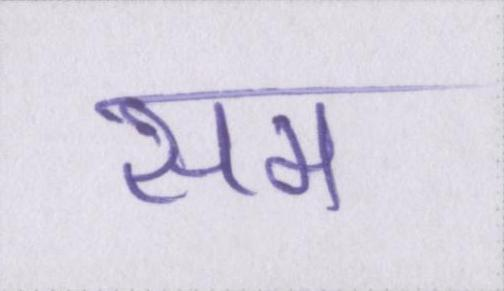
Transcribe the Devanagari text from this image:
सम